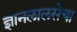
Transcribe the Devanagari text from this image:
ज्ञानलालसेचा